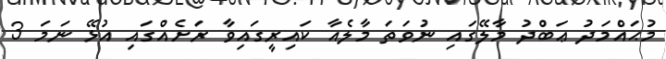
މުޙައްމަދު ޢަބްދު މާލޭގައި ނުވަތަ މާލެއާ ކައިރީގައިވާ ރަށެއްގައި އުޅޭ ނަމަ 3